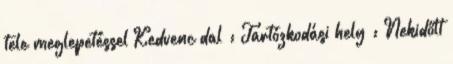
tele meglepetéssel Kedvenc dal : Tartózkodási hely : Nekidőlt